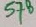
Text: 578